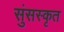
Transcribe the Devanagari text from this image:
सुंसस्कृत